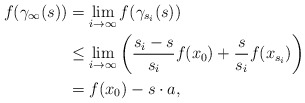
\begin{align*}f(\gamma_\infty(s)) &= \lim_{i\to \infty} f(\gamma_{s_i}(s)) \\&\le \lim_{i\to\infty}\left(\frac{s_i-s}{s_i} f(x_0) + \frac{s}{s_i} f(x_{s_i})\right) \\&= f(x_0) - s\cdot a,\end{align*}